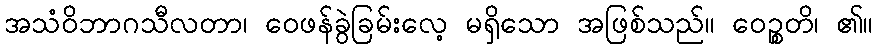
အသံဝိဘာဂသီလတာ၊ ဝေဖန်ခွဲခြမ်းလေ့ မရှိသော အဖြစ်သည်။ ဝေဉ္စတိ၊ ၏။